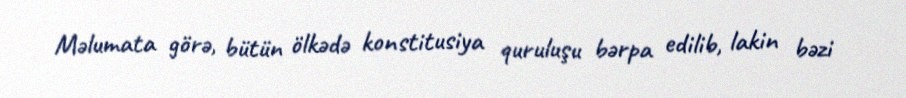
Məlumata görə, bütün ölkədə konstitusiya quruluşu bərpa edilib, lakin bəzi